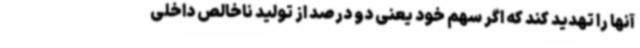
آنها را تهدید کند که اگر سهم خود یعنی دو درصد از تولید ناخالص داخلی